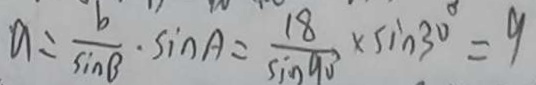
a = \frac { b } { \sin B } \cdot \sin A = \frac { 1 8 } { \sin 9 0 } \times \sin 3 0 ^ { \circ } = 9